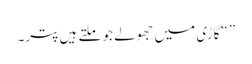
” “گاڑی میں جھولے جو ملتے ہیں پتر۔